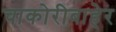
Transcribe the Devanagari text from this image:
चाकोरीबाहेर